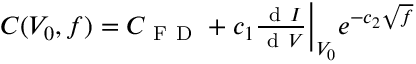
\begin{array} { r } { C ( V _ { 0 } , f ) = C _ { \mathrm { ~ F ~ D ~ } } + c _ { 1 } \frac { \mathrm { ~ d ~ } I } { \mathrm { ~ d ~ } V } \bigg \rvert _ { V _ { 0 } } e ^ { - c _ { 2 } \sqrt { f } } } \end{array}